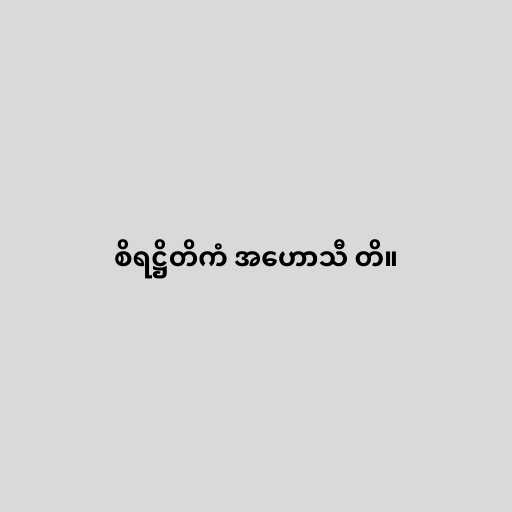
စိရဋ္ဌိတိကံ အဟောသီ တိ။